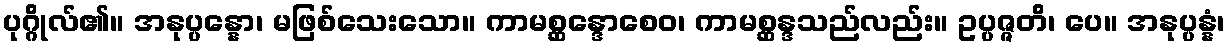
ပုဂ္ဂိုလ်၏။ အနုပ္ပန္နော၊ မဖြစ်သေးသော။ ကာမစ္ဆန္ဒောစေဝ၊ ကာမစ္ဆန္ဒသည်လည်း။ ဥပ္ပဇ္ဇတိ၊ ပေ။ အနုပ္ပန္နံ၊